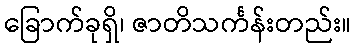
ခြောက်ခုရှိ၊ ဇာတိသင်္ကန်းတည်း။